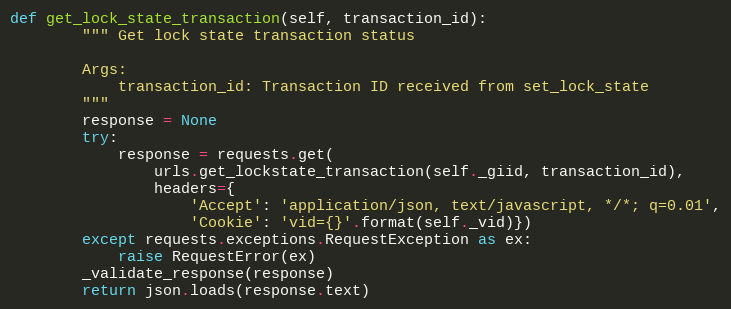
Language: Python
def get_lock_state_transaction(self, transaction_id):
        """ Get lock state transaction status

        Args:
            transaction_id: Transaction ID received from set_lock_state
        """
        response = None
        try:
            response = requests.get(
                urls.get_lockstate_transaction(self._giid, transaction_id),
                headers={
                    'Accept': 'application/json, text/javascript, */*; q=0.01',
                    'Cookie': 'vid={}'.format(self._vid)})
        except requests.exceptions.RequestException as ex:
            raise RequestError(ex)
        _validate_response(response)
        return json.loads(response.text)